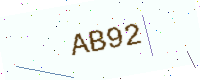
Text: AB92